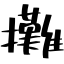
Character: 攤